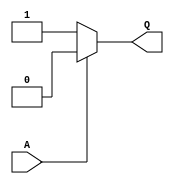
// This program was cloned from: https://github.com/Nitcloud/Digital-IDE
// License: GNU General Public License v3.0

module inv (
  output Q,
  input A
);
  assign Q = A ? 0 : 1;
endmodule

module buff (
  output Q,
  input A
);
  assign Q = A;
endmodule

module logic_0 (
  output A
);
  assign A = 0;
endmodule

module logic_1 (
  output A
);
  assign A = 1;
endmodule

module gclkbuff (
  input A,
  output Z
);
  specify
    (A => Z) = 0;
  endspecify

  assign Z = A;
endmodule